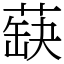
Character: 蒛